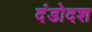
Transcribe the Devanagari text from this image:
दंडोदश